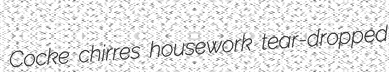
Cocke chirres housework tear-dropped